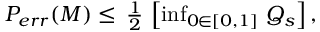
\begin{array} { r } { P _ { e r r } ( M ) \leq \, \frac { 1 } { 2 } \, \left[ \operatorname* { i n f } _ { 0 \in [ 0 , 1 ] } \, Q _ { s } \right] , } \end{array}